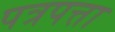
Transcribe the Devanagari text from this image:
पत्रपत्ता